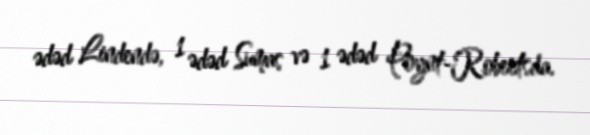
ədəd Lindendə, 1 ədəd Sumas və 1 ədəd Poynt-Robertsda.